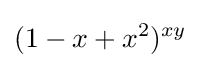
(1-x+x^{2})^{xy}